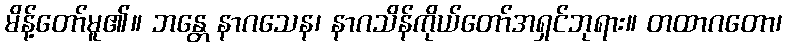
မိန့်တော်မူ၏။ ဘန္တေ နာဂသေန၊ နာဂသိန်ကိုယ်တော်အရှင်ဘုရား။ တထာဂတော၊